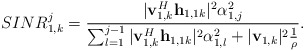
\begin{align*}&SINR^j_{1,k} = \frac{|\mathbf{v}_{1,k}^H\mathbf{h}_{1,1k} |^2 \alpha_{1,j}^2 }{ \sum^{j-1}_{l=1}|\mathbf{v}_{1,k}^H\mathbf{h}_{1,1k} |^2 \alpha_{1,l}^2 +|\mathbf{v}_{1,k}|^2\frac{1}{\rho}}.\end{align*}